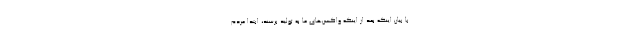
با بیان اینکه بعد از اینکه واکسن‌های ما به تولید برسند، ابتدا مردم